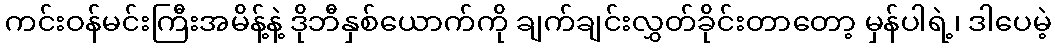
ကင်းဝန်မင်းကြီးအမိန့်နဲ့ ဒိုဘီနှစ်ယောက်ကို ချက်ချင်းလွှတ်ခိုင်းတာတော့ မှန်ပါရဲ့၊ ဒါပေမဲ့